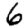
Digit: 6